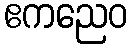
ဧကညေဝ